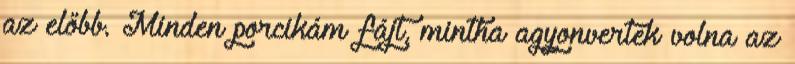
az előbb. Minden porcikám fájt, mintha agyonvertek volna az